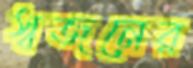
স্বজনের